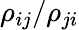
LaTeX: \rho_{ij}/\rho_{ji}